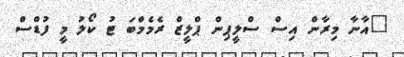
"އާނާ މިރާން އިސް ސްލީޕިން ޕްލީޒް ރެމެމްބަ ޓު ކޯލު މީ ފުޑްސް